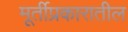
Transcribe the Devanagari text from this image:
मूर्तीप्रकारातील